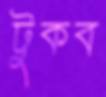
টুকব